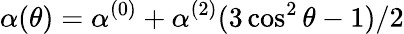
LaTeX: \alpha(\theta)=\alpha^{(0)}+\alpha^{(2)}(3\cos^{2}\theta-1)/2